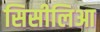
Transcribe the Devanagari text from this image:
सिसीलिआ